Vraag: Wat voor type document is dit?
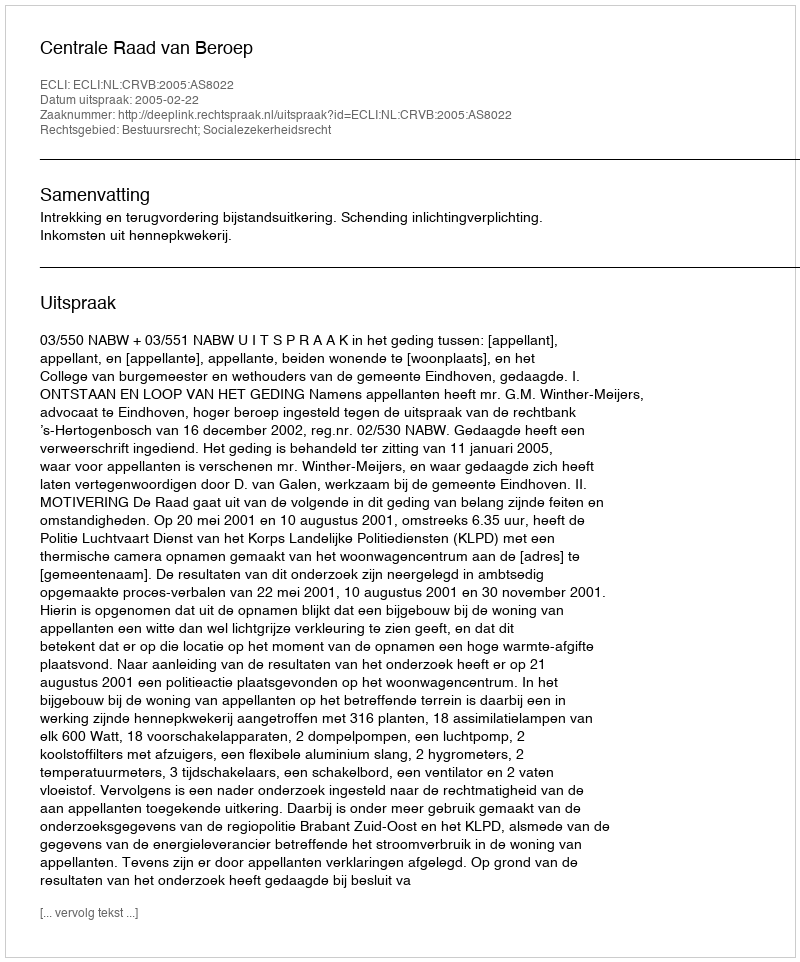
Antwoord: Uitspraak